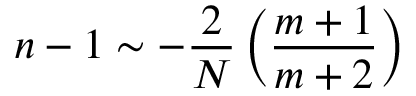
n - 1 \sim - \frac { 2 } { N } \left( \frac { m + 1 } { m + 2 } \right)